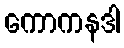
ကောကနဒါ